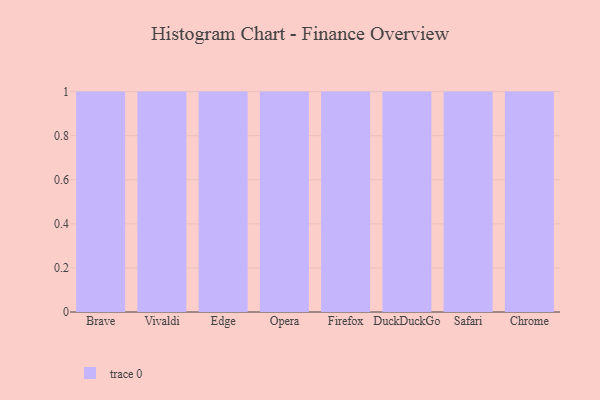
{"axis": {"x": "Browser", "y": "Market Share (%)"}, "legend": [""], "data": [{"x": "Brave", "y": 10, "type": ""}, {"x": "Vivaldi", "y": 73, "type": ""}, {"x": "Edge", "y": 100, "type": ""}, {"x": "Opera", "y": 91, "type": ""}, {"x": "Firefox", "y": 4, "type": ""}, {"x": "DuckDuckGo", "y": 83, "type": ""}, {"x": "Safari", "y": 19, "type": ""}, {"x": "Chrome", "y": 38, "type": ""}]}